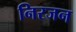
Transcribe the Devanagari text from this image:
निरजन